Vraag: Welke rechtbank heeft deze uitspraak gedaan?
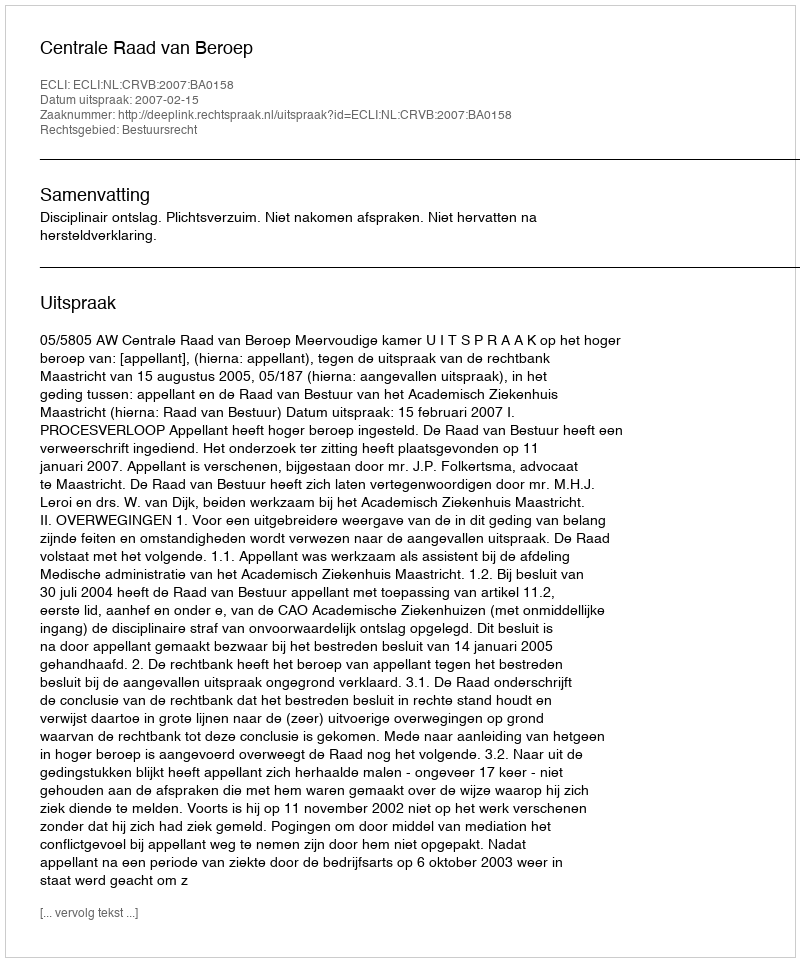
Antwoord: Centrale Raad van Beroep